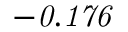
\it - 0 . 1 7 6